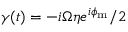
\gamma ( t ) = - i \Omega \eta e ^ { i \phi _ { \mathrm { m } } } / 2